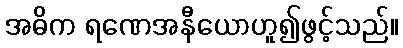
အဓိက ရဏေအနီယောဟူ၍ဖွင့်သည်။